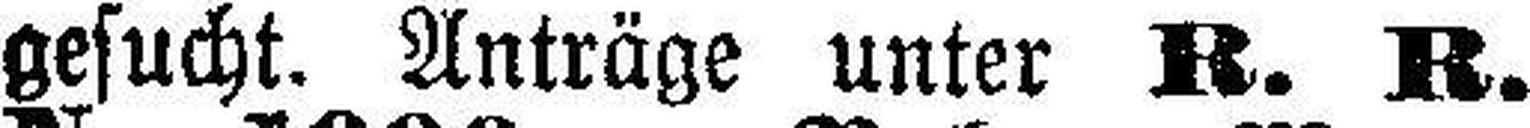
gesucht. Anträge unter R. R.